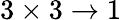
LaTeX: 3\times 3\to 1